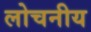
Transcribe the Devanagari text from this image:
लोचनीय